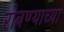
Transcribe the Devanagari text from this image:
रोबण्याच्या